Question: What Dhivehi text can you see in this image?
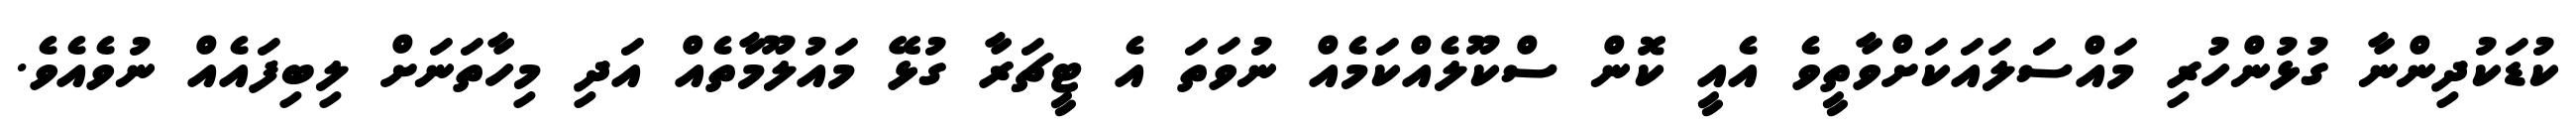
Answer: ކުޑަކުދިންނާ ގުޅުންހުރި މައްސަލައަކަށްވާތީވެ އެއީ ކޮން ސްކޫލެއްކަމެއް ނުވަތަ އެ ޓީޗަރާ ގުޅޭ މައުލޫމާތެއް އަދި މިހާތަނަށް ލިބިފައެއް ނުވެއެވެ.